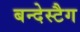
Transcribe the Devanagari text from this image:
बन्देस्टैग